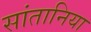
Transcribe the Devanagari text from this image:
सांतानिया